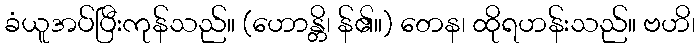
ခံယူအပ်ပြီးကုန်သည်။ (ဟောန္တိ၊ န်၏။) တေန၊ ထိုရဟန်းသည်။ ဗဟိ၊